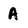
Character: A